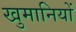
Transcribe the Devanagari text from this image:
खुमानियों